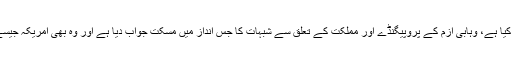
اس حالیہ انٹرویو کے دوران محمد بن سلمان نے جس توحید پرستی اور سلفیت کا دفاع کیا ہے، وہابی ازم کے پروپیگنڈے اور مملکت کے تعلق سے شبہات کا جس انداز میں مسکت جواب دیا ہے اور وہ بھی امریکہ جیسے کٹر ملک میں ایک کٹر مسیحی نمائندے کے سامنے وہ اپنے آپ میں حیران کن ہے۔